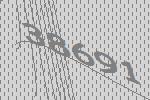
38691